65_HS1-834228961_62-HQ-83894_Section_6
Agency: FBI
Page 109
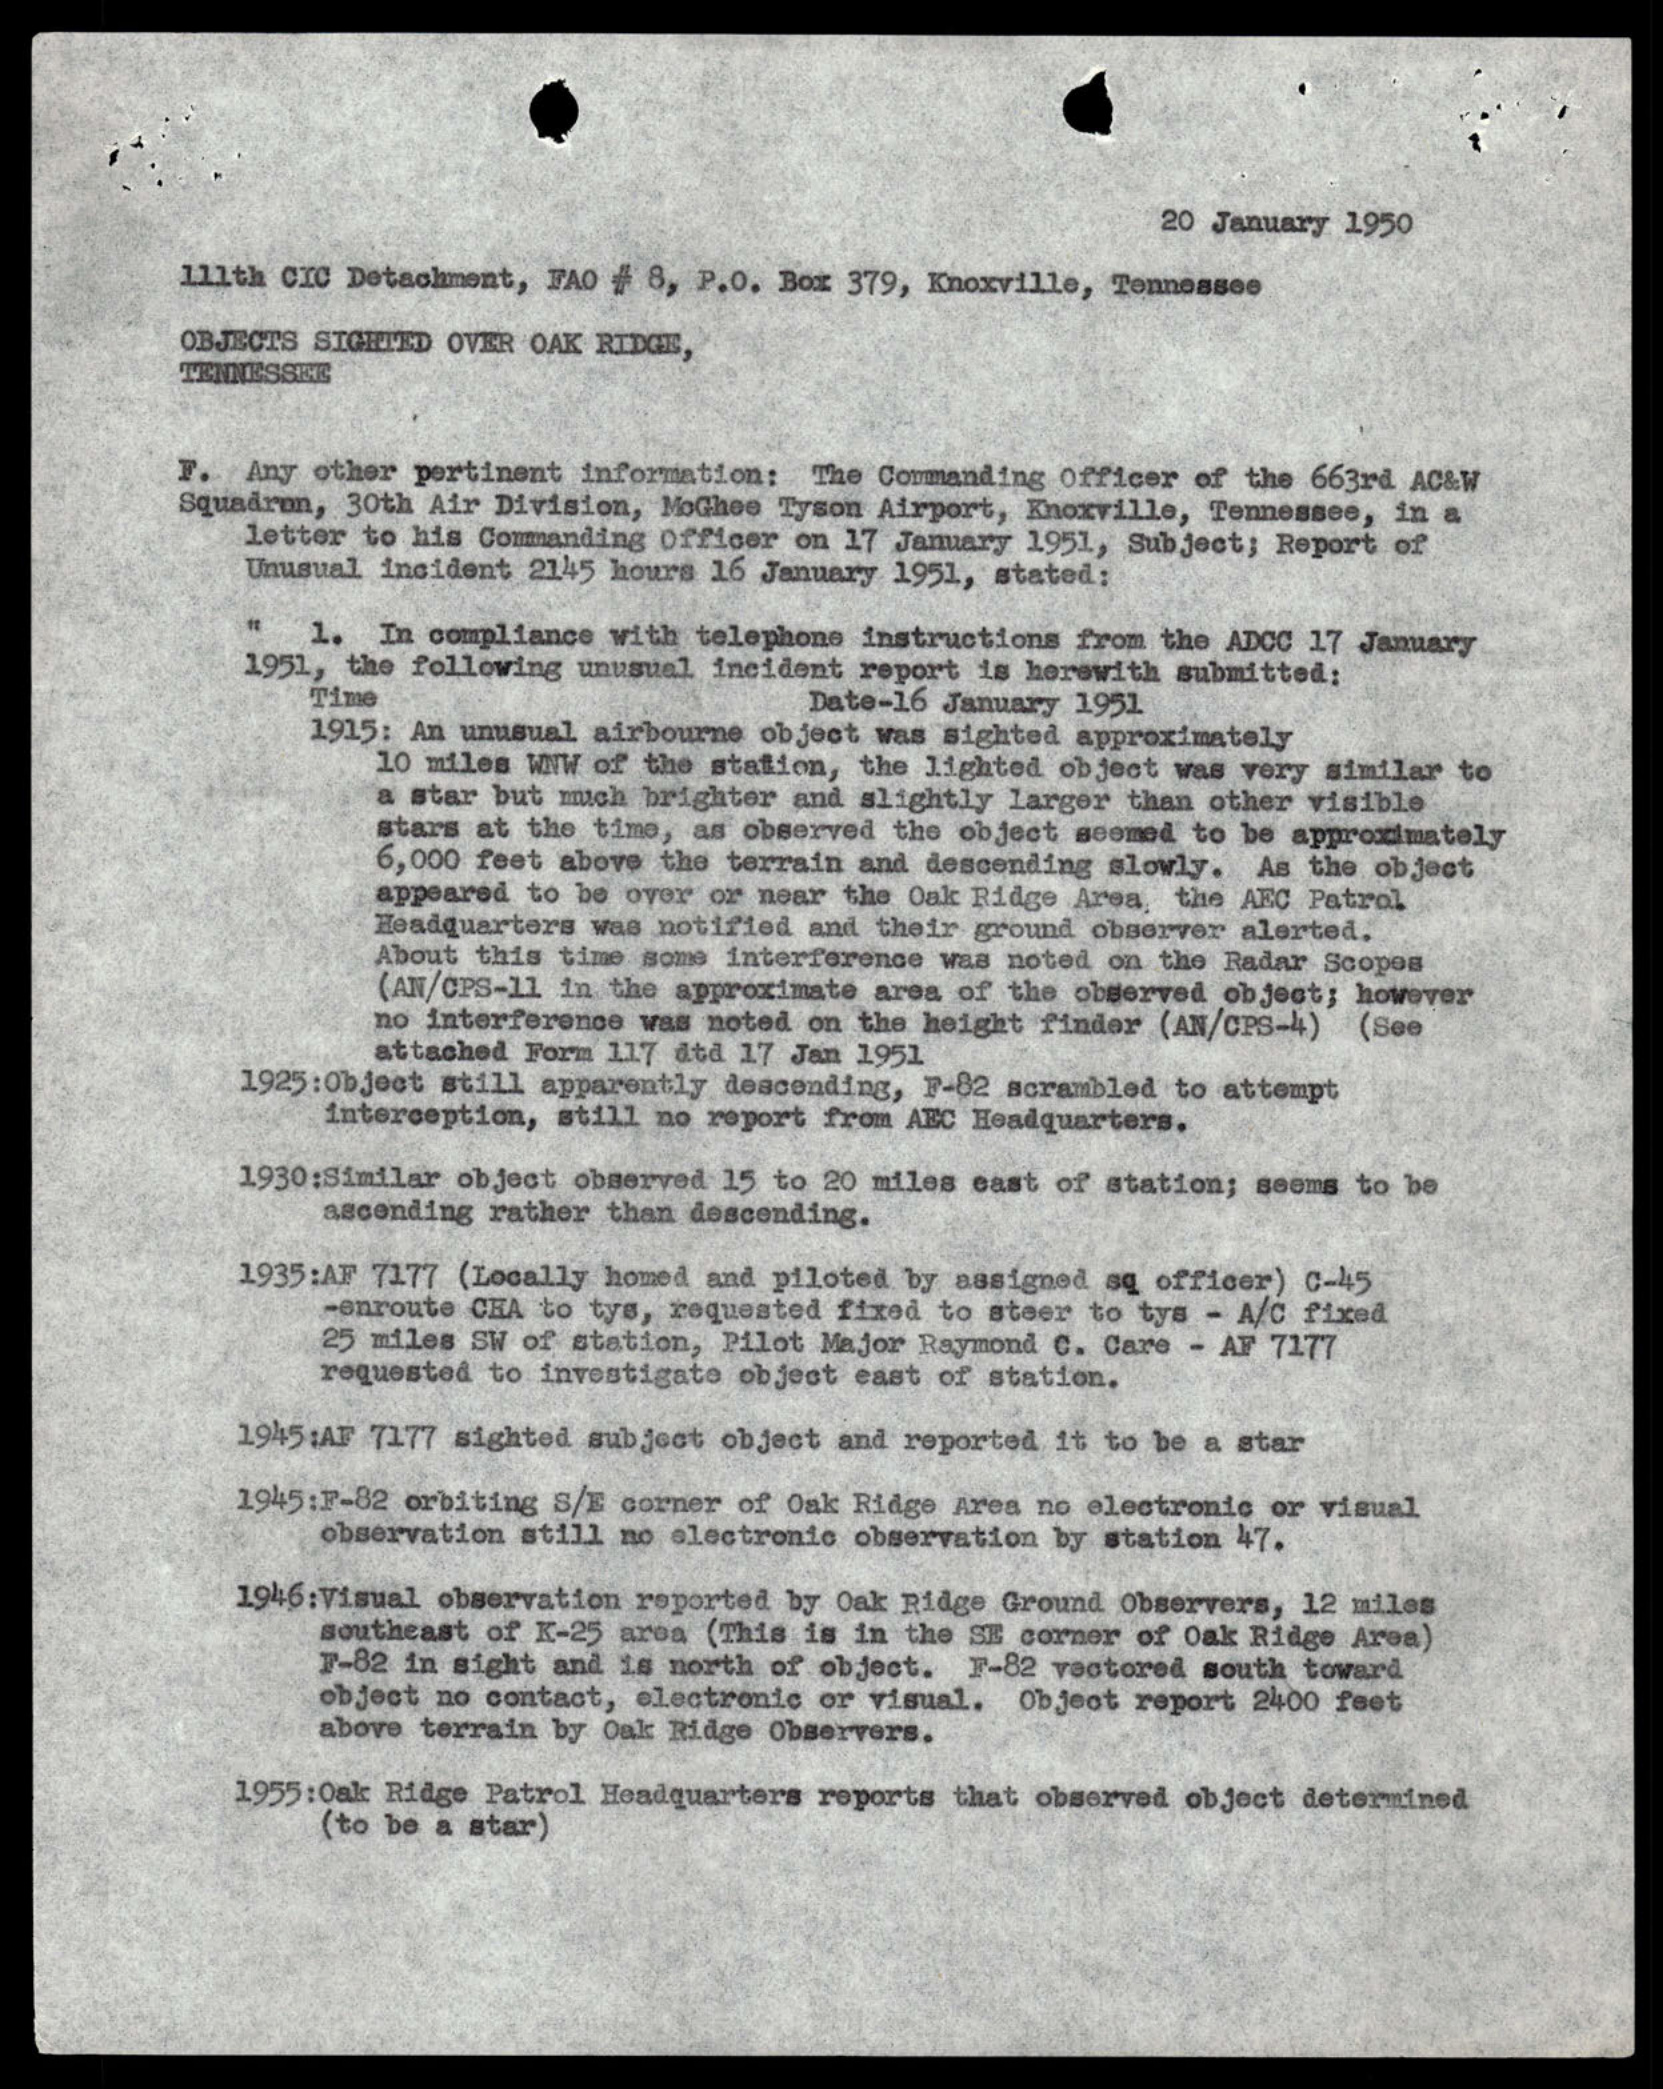